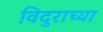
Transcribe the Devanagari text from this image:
विदुराच्या